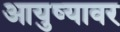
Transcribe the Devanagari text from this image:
आयुष्‍यावर